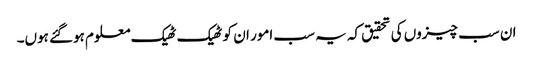
ان سب چیزوں کی تحقیق کہ یہ سب امور ان کو ٹھیک ٹھیک معلوم ہوگئے ہوں۔